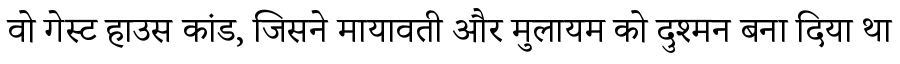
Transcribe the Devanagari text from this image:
वो गेस्ट हाउस कांड, जिसने मायावती और मुलायम को दुश्मन बना दिया था